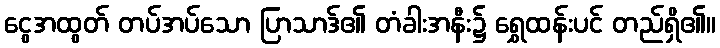
ငွေအထွတ် တပ်အပ်သော ပြာသာဒ်၏ တံခါးအနီး၌ ရွှေထန်းပင် တည်ရှိ၏။